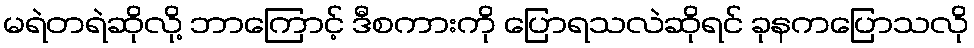
မရဲတရဲဆိုလို့ ဘာကြောင့် ဒီစကားကို ပြောရသလဲဆိုရင် ခုနကပြောသလို